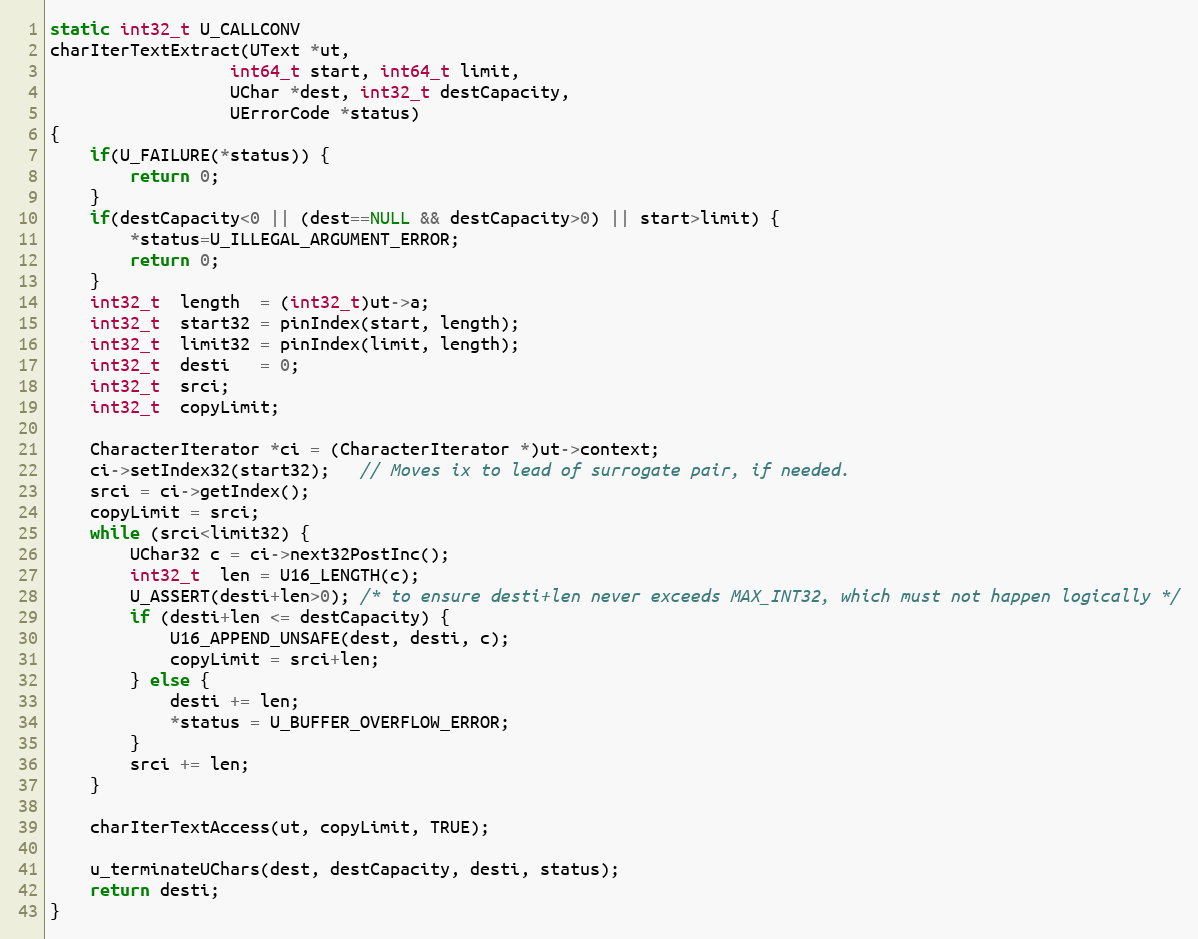
Language: C++
static int32_t U_CALLCONV
charIterTextExtract(UText *ut,
                  int64_t start, int64_t limit,
                  UChar *dest, int32_t destCapacity,
                  UErrorCode *status)
{
    if(U_FAILURE(*status)) {
        return 0;
    }
    if(destCapacity<0 || (dest==NULL && destCapacity>0) || start>limit) {
        *status=U_ILLEGAL_ARGUMENT_ERROR;
        return 0;
    }
    int32_t  length  = (int32_t)ut->a;
    int32_t  start32 = pinIndex(start, length);
    int32_t  limit32 = pinIndex(limit, length);
    int32_t  desti   = 0;
    int32_t  srci;
    int32_t  copyLimit;

    CharacterIterator *ci = (CharacterIterator *)ut->context;
    ci->setIndex32(start32);   // Moves ix to lead of surrogate pair, if needed.
    srci = ci->getIndex();
    copyLimit = srci;
    while (srci<limit32) {
        UChar32 c = ci->next32PostInc();
        int32_t  len = U16_LENGTH(c);
        U_ASSERT(desti+len>0); /* to ensure desti+len never exceeds MAX_INT32, which must not happen logically */
        if (desti+len <= destCapacity) {
            U16_APPEND_UNSAFE(dest, desti, c);
            copyLimit = srci+len;
        } else {
            desti += len;
            *status = U_BUFFER_OVERFLOW_ERROR;
        }
        srci += len;
    }

    charIterTextAccess(ut, copyLimit, TRUE);

    u_terminateUChars(dest, destCapacity, desti, status);
    return desti;
}